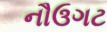
નૌઉગટ